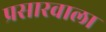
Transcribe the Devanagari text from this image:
प्रसारवाला